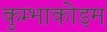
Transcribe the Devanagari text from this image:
कुम्भाकोड़म